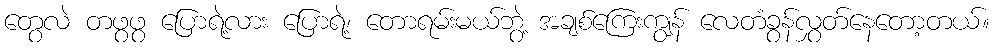
တွေလဲ တဖွဖွ ပြောရဲ့လား ပြောရဲ့၊ တောရမ်းမယ်ဘွဲ့ အချစ်ကြေးကျွန် လေတံခွန်လွှတ်နေတော့တယ်။